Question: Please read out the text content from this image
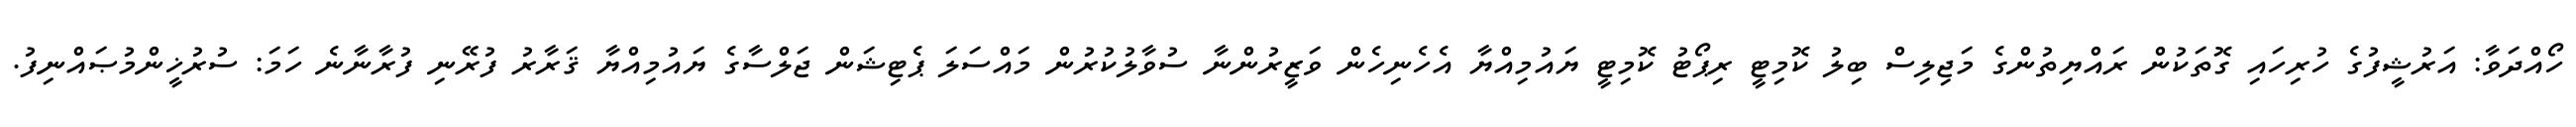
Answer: ހޯއްދަވާ: އަރުޝީފުގެ ހުރިހައި ގޮތަކުން ރައްޔިތުންގެ މަޖިލިސް ބިލު ކޮމިޓީ ރިޕޯޓު ކޮމިޓީ ޔައުމިއްޔާ އެހެނިހެން ވަޒީރުންނާ ސުވާލުކުރުން މައްސަލަ ޕެޓިޝަން ޖަލްސާގެ ޔައުމިއްޔާ ޤަރާރު ފުރޭނި ފުރާނާނެ ހަމަ: ސުރުޚީންމުޞައްނިފު.